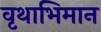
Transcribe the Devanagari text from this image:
वृथाभिमान